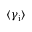
\langle \gamma _ { \mathrm { i } } \rangle